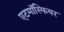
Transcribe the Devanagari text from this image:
एटमॉस्फियर